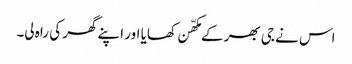
اس نے جی بھر کے مکھّن کھایا اور اپنے گھر کی راہ لی۔